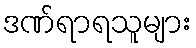
ဒဏ်ရာရသူများ